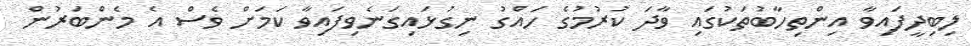
ލިބިދީފައިވާ އިންތިހާބުތަކުގައި ވާދަ ކުރުމުގެ ހައްގު ނިގުޅައިގަނެވިފައިވާ ކަމަށް ވެސް އެ މެންބަރުން